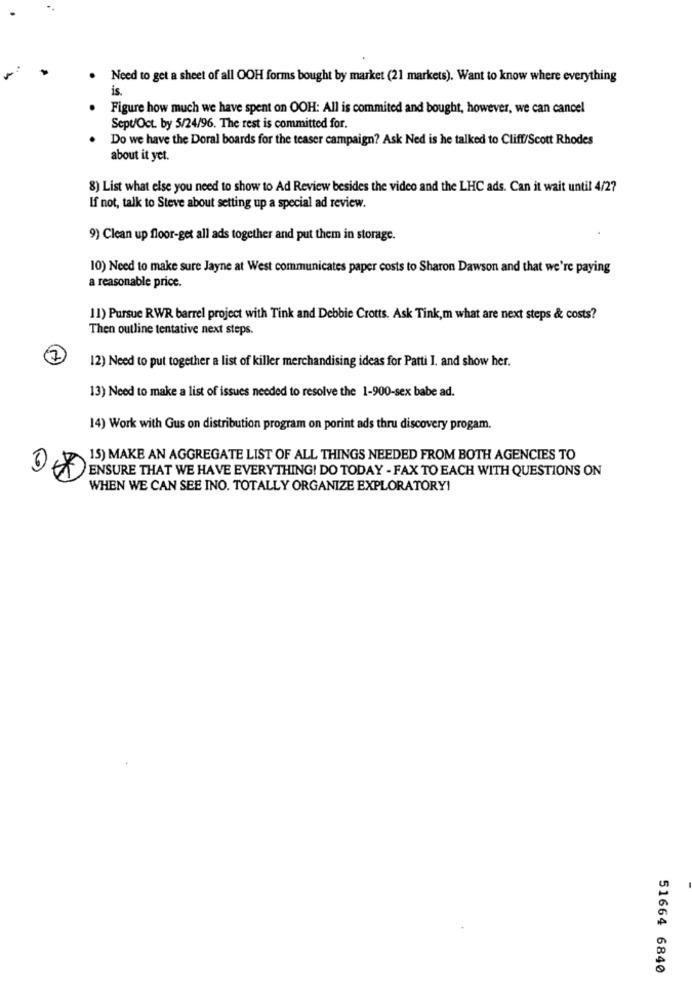
Need to get a sheet of all OOH forms bought by market (21 markets). Want to know where everything
is.
. Figure how much we have spent on OOH: All is commited and bought, however, we can cancel
Sept/Oct. by 5/24/96. The rest is committed for.
Do we have the Doral boards for the teaser campaign? Ask Ned is he talked to Cliff/Scott Rhodes
about it yet.
8) List what else you need to show to Ad Review besides the video and the LHC ads. Can it wait until 4/27
If not, talk to Steve about setting up a special ad review.
9) Clean up floor-get all ads together and put them in storage.
10) Need to make sure Jayne at West communicates paper costs to Sharon Dawson and that we're paying
a reasonable price.
11) Pursue RWR barrel project with Tink and Debbie Crotts. Ask Tink,m what are next steps & costs?
Then outline tentative next steps.
7
12) Need to put together a list of killer merchandising ideas for Patti I. and show her.
13) Need to make a list of issues needed to resolve the 1-900-sex babe ad.
14) Work with Gus on distribution program on porint ads thru discovery progam.
15) MAKE AN AGGREGATE LIST OF ALL THINGS NEEDED FROM BOTH AGENCIES TO
ENSURE THAT WE HAVE EVERYTHING! DO TODAY - FAX TO EACH WITH QUESTIONS ON
WHEN WE CAN SEE INO. TOTALLY ORGANIZE EXPLORATORY!
51664 6840